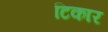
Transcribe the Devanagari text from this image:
टिकार